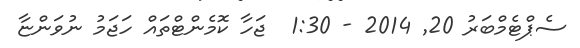
ސެޕްޓެމްބަރު 20